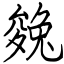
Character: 㕙